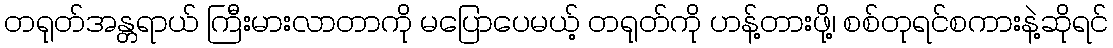
တရုတ်အန္တရာယ် ကြီးမားလာတာကို မပြောပေမယ့် တရုတ်ကို ဟန့်တားဖို့၊ စစ်တုရင်စကားနဲ့ဆိုရင်